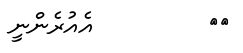
٤٦         އެއުރެންނީ